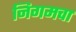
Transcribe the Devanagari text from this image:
निगमचा